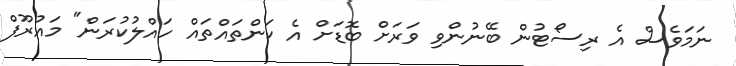
ނަމަވެސް އެ ރިސޯޓުން ބޭނުންވި ވަރަށް ބޮޑަށް އެ ކަންތައްތައް ހައްލުކުރަން" މައުރޫފް